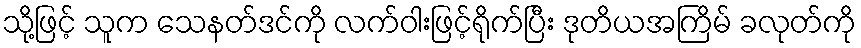
သို့ဖြင့် သူက သေနတ်ဒင်ကို လက်ဝါးဖြင့်ရိုက်ပြီး ဒုတိယအကြိမ် ခလုတ်ကို